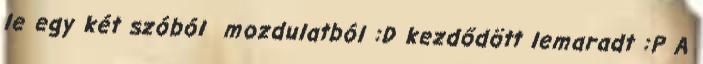
le egy két szóból mozdulatból :D kezdődött lemaradt :P A